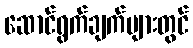
ဆောင်ရွက်ချက်များတွင်